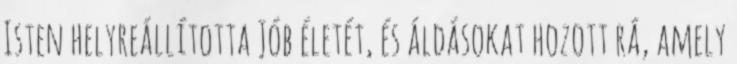
Isten helyreállította Jób életét, és áldásokat hozott rá, amely